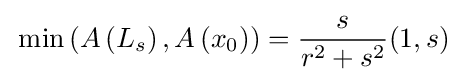
\,\min \left(A\left(L_{s}\right),A\left(x_{0}\right)\right)={\frac {s}{r^{2}+s^{2}}}(1,s)